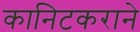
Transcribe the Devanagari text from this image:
कानिटकराने